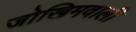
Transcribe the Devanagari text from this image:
जोखिमवाली